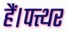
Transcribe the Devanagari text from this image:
हैं।पत्थर